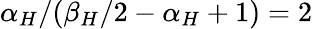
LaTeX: \alpha_{H}/(\beta_{H}/2-\alpha_{H}+1)=2